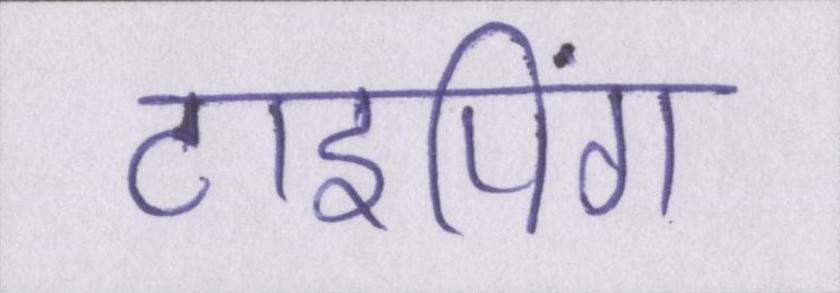
टाइपिंग